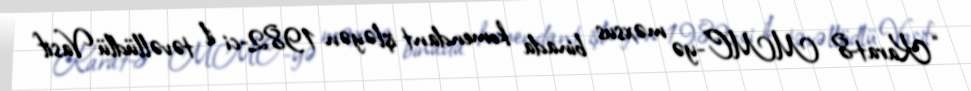
“Karat-8 MMC”-yə məxsus binada komendant işləyən 1982-ci il təvəllüdlü Vasif